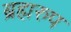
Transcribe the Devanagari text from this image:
ब्रह्मरुप